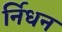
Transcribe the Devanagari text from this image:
र्निधन